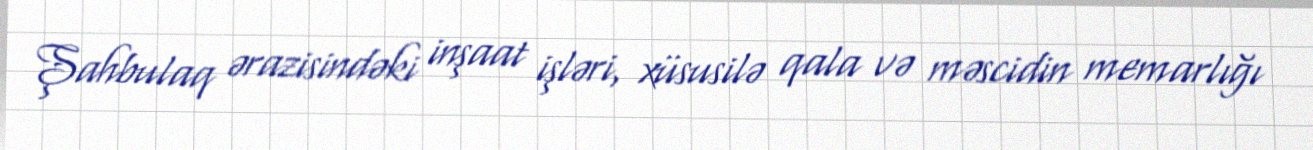
Şahbulaq ərazisindəki inşaat işləri, xüsusilə qala və məscidin memarlığı